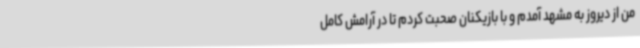
من از دیروز به مشهد آمدم و با بازیکنان صحبت کردم تا در آرامش کامل